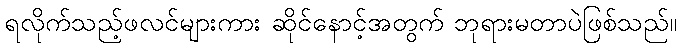
ရလိုက်သည့်ဖလင်များကား ဆိုင်နောင့်အတွက် ဘုရားမတာပဲဖြစ်သည်။